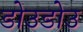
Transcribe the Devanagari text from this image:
डोउडोउ